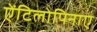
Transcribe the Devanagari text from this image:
ऐंटिलोपिनाए